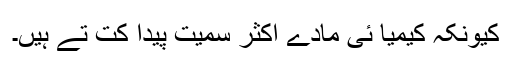
کیونکہ کیمیا ئی مادے اکثر سمیت پیدا کت تے ہیں۔